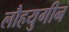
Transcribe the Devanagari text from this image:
लौहयुगीन